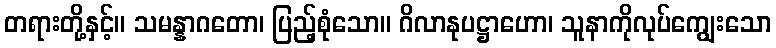
တရားတို့နှင့်။ သမန္နာဂတော၊ ပြည့်စုံသော။ ဂိလာနုပဋ္ဌာဟော၊ သူနာကိုလုပ်ကျွေးသော